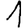
Digit: 1